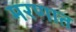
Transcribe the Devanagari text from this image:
मरणात